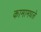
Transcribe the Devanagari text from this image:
कामामधले